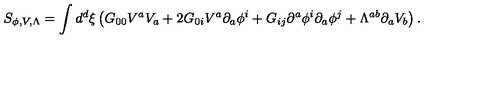
S _ { \phi , V , \Lambda } = \int d ^ { d } \xi \left( G _ { 0 0 } V ^ { a } V _ { a } + 2 G _ { 0 i } V ^ { a } \partial _ { a } \phi ^ { i } + G _ { i j } \partial ^ { a } \phi ^ { i } \partial _ { a } \phi ^ { j } + \Lambda ^ { a b } \partial _ { a } V _ { b } \right) .